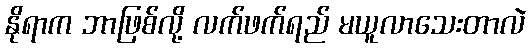
နိုရာက ဘာဖြစ်လို့ လက်ဖက်ရည် မယူလာသေးတာလဲ